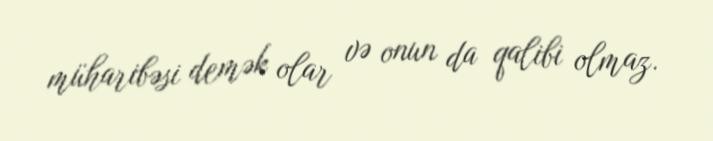
müharibəsi demək olar və onun da qalibi olmaz.